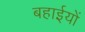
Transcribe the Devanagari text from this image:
बहाईयों